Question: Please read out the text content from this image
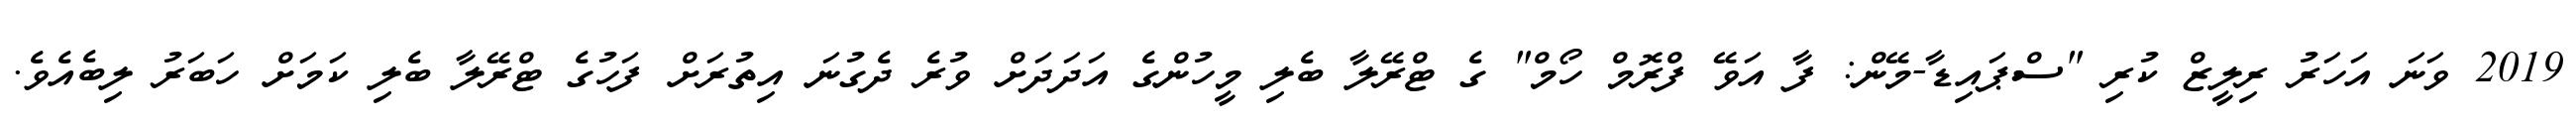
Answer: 2019 ވަނަ އަހަރު ރިލީޒް ކުރި "ސްޕައިޑާ-މޭން: ފާ އަވޭ ފްރޮމް ހޯމް" ގެ ޓްރޭލާ ބެލި މީހުންގެ އަދަދަށް ވުރެ ދެގުނަ އިތުރަށް ފަހުގެ ޓްރޭލާ ބެލި ކަމަށް ހަބަރު ލިބެއެވެ.